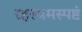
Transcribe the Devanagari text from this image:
रहस्यमस्पष्टं